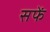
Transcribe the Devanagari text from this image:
सफें